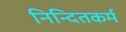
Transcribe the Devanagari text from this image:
निन्दितकर्म